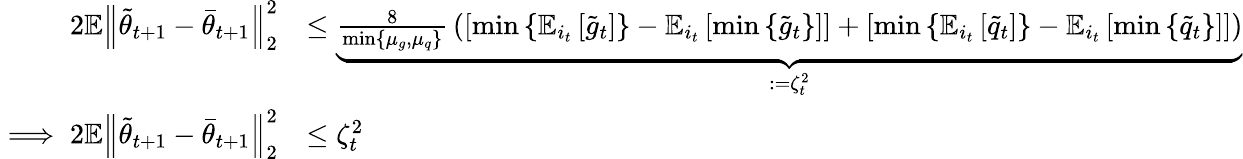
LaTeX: \begin{array}{rl}{2\mathbb{E}\left\| \tilde{\theta}_{t+1}-\bar{\theta}_{t+1}\right\| _{2}^{2}}&{\leq\underbrace{\frac{8}{\operatorname*{min}\{ \mu_{g},\mu_{q}\} }\, \left(\left[\operatorname*{min}\left\{ \mathbb{E}_{i_{t}}\left[\tilde{g}_{t}\right]\right\} -\mathbb{E}_{i_{t}}\left[\operatorname*{min}\left\{ \tilde{g}_{t}\right\} \right]\right]+\left[\operatorname*{min}\left\{ \mathbb{E}_{i_{t}}\left[\tilde{q}_{t}\right]\right\} -\mathbb{E}_{i_{t}}\left[\operatorname*{min}\left\{ \tilde{q}_{t}\right\} \right]\right]\right)}_{:=\zeta_{t}^{2}}}\\ {\implies 2\mathbb{E}\left\| \tilde{\theta}_{t+1}-\bar{\theta}_{t+1}\right\| _{2}^{2}}&{\leq\zeta_{t}^{2}}\end{array}